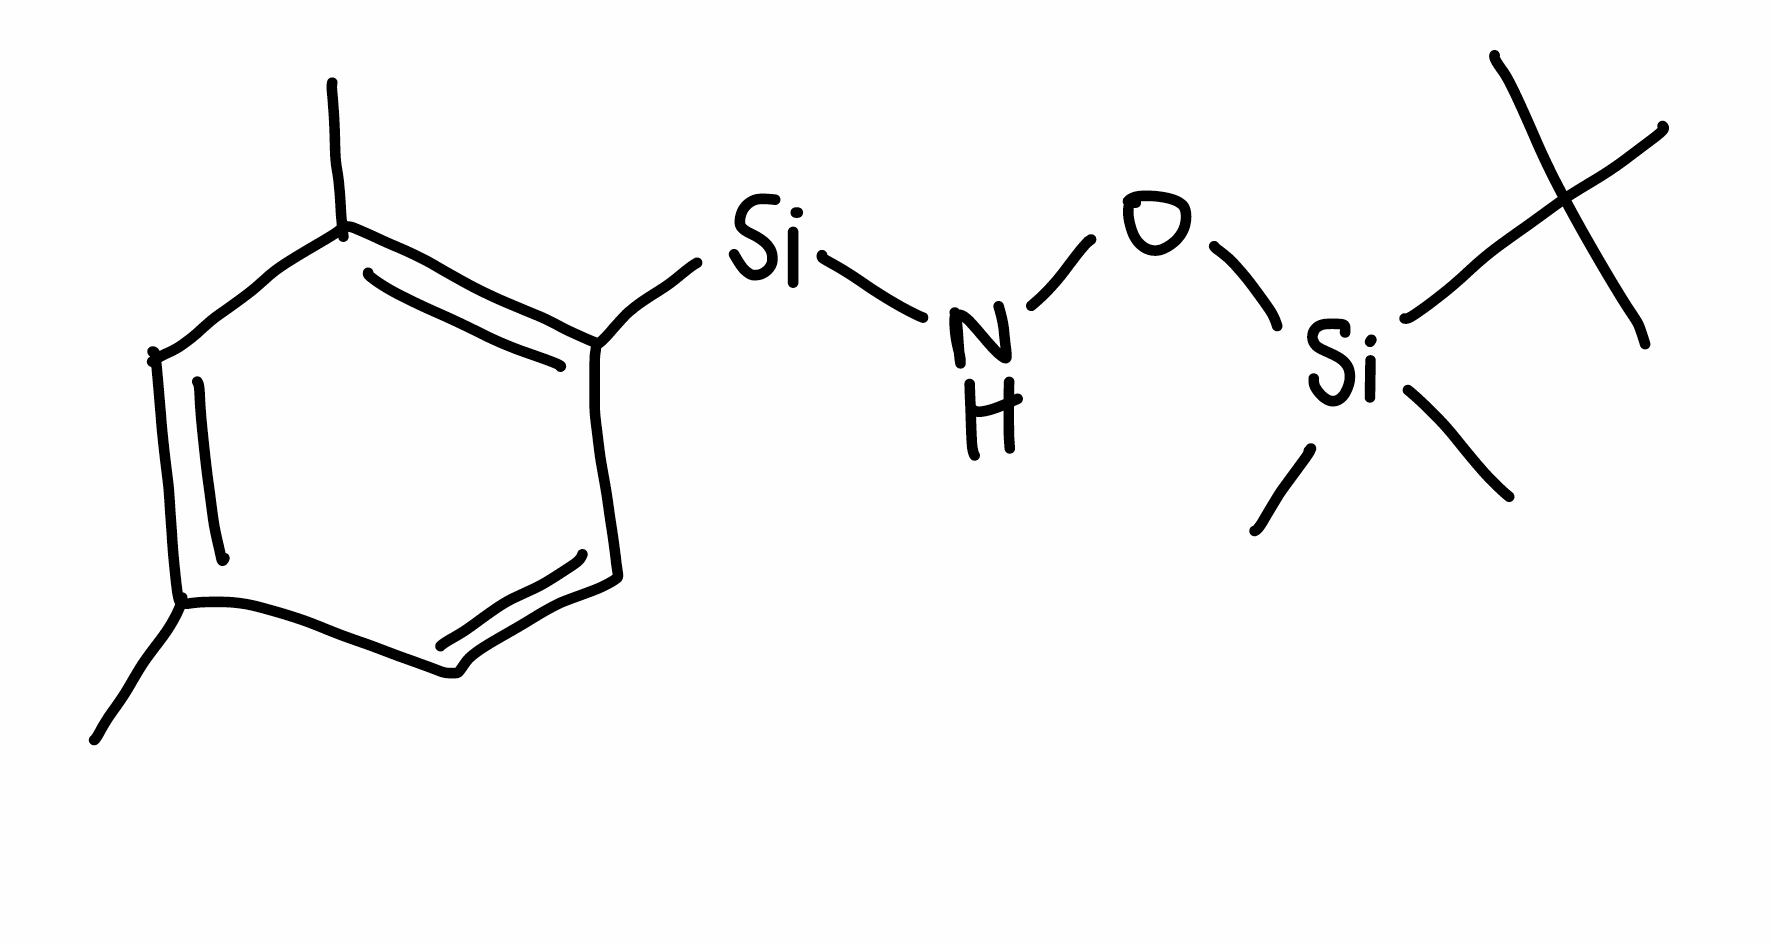
Simplified molecular-input line-entry system (SMILES) notation of the given molecule:
CC1=CC(=C(C=C1)[Si]NO[Si](C)(C)C(C)(C)C)C